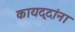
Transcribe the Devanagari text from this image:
कायद्दांना